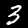
Label: 3